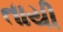
તાયી